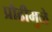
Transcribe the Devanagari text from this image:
प्रौढीमुळे